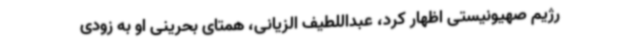
رژیم صهیونیستی اظهار کرد، عبداللطیف الزیانی، همتای بحرینی او به زودی